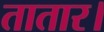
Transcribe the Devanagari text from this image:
तातार।